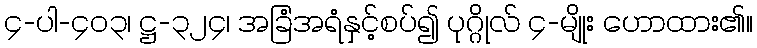
၄-ပါ-၄၀၃၊ ဋ္ဌ-၃၂၄၊ အခြံအရံနှင့်စပ်၍ ပုဂ္ဂိုလ် ၄-မျိုး ဟောထား၏။